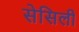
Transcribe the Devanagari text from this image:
सेसिली